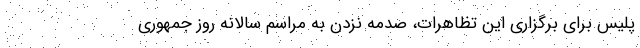
پلیس برای برگزاری این تظاهرات، صدمه نزدن به مراسم سالانه روز جمهوری